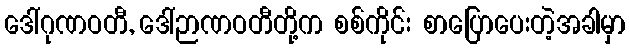
ဒေါ်ဂုဏဝတီ, ဒေါ်ဉာဏဝတီတို့က စစ်ကိုင်း စာပြောပေးတဲ့အခါမှာ